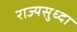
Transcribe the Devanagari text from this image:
राज्यसुध्दा